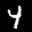
Digit: 4